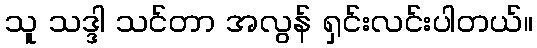
သူ သဒ္ဒါ သင်တာ အလွန် ရှင်းလင်းပါတယ်။